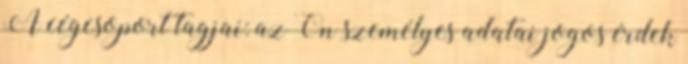
A cégcsoport tagjai: az Ön személyes adatai jogos érdek